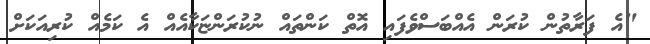
"އެ ފަރާތުން ކުރަން އެއްބަސްވެފައި އޮތް ކަންތައް ނުކުރަންޏަކާއެއް އެ ކަމެއް ކުރިއަކަށް